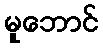
မူဘောင်